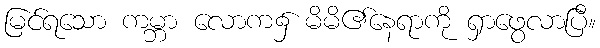
မြင်ရသော ကမ္ဘာ လောက၌ မိမိ၏နေရာကို ရှာဖွေလာပြီ။